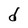
Character: d